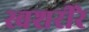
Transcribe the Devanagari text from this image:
स्वशरीरे